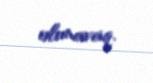
olunavaq.